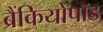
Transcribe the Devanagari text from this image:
ब्रैंकियोपॉड